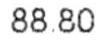
88.80